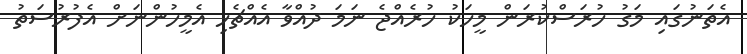
އެތަނުގައި މަގު ހުރަސްކުރަން މީހަކު ހުރެއްޖެ ނަމަ ދުއްވާ އެއްޗެހި އެމީހުންނަށް އެފުރުސަތު